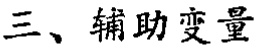
三、辅助变量